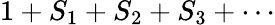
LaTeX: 1+S_{1}+S_{2}+S_{3}+\cdots